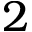
2